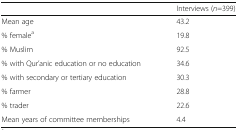
<table><thead><tr><td></td><td><b>Interviews (<i>n</i>=399)</b></td></tr></thead><tbody><tr><td>Mean age</td><td>43.2</td></tr><tr><td>% female<sup>a</sup></td><td>19.8</td></tr><tr><td>% Muslim</td><td>92.5</td></tr><tr><td>% with Qur’anic education or no education</td><td>34.6</td></tr><tr><td>% with secondary or tertiary education</td><td>30.3</td></tr><tr><td>% farmer</td><td>28.8</td></tr><tr><td>% trader</td><td>22.6</td></tr><tr><td>Mean years of committee memberships</td><td>4.4</td></tr></tbody></table>